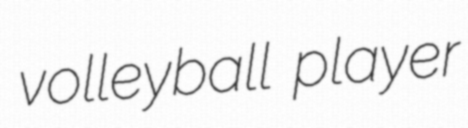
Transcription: volleyball player